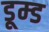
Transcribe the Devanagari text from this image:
डूम्ड